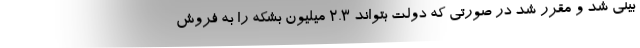
بینی شد و مقرر شد در صورتی که دولت بتواند 2.3 میلیون بشکه را به فروش